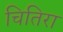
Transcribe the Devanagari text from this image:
चितिरा